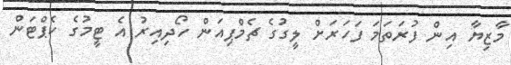
މާޒިޔާ އިން ފުރަތަމަ ފަހަރަށް ލީގުގެ ޗެމްޕިއަން ހޯދިއިރު އެ ޓީމުގެ ކެޕްޓަން